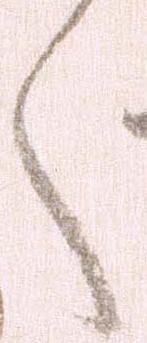
く